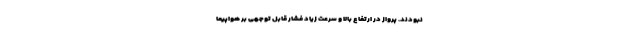
نبودند. پرواز در ارتفاع بالا و سرعت زیاد فشار قابل توجهی بر هواپیما